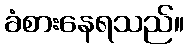
ခံစားနေရသည်။